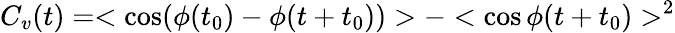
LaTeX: C_{v}(t)=<\cos(\phi(t_{0})-\phi(t+t_{0}))>-<\cos\phi(t+t_{0})>^{2}